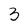
Character: 3